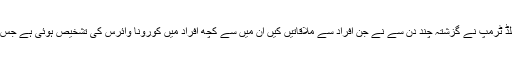
تاہم اب رپورٹس سامنے آئی ہیں کہ امریکی صدر ڈونلڈ ٹرمپ نے گزشتہ چند دن سے نے جن افراد سے ملاقاتیں کیں ان میں سے کچھ افراد میں کورونا وائرس کی تشخیص ہوئی ہے جس کے بعد امریکی صدر بھی تشویش میں مبتلا ہوگئے۔